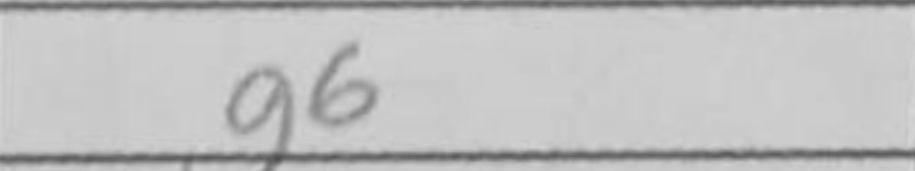
Transcription: g6